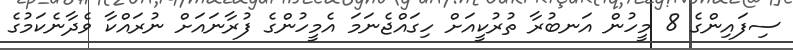
ސިފައިންގެ 8 މީހުން އަނބުރާ ތުރުކީއަށް ހިގައްޖެނަމަ އެމީހުންގެ ފުރާނައަށް ނުރައްކާ ވެދާނެކަމުގެ